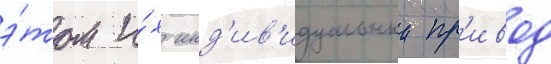
э́том и́х инд'ив'идуальныи пр'ивод